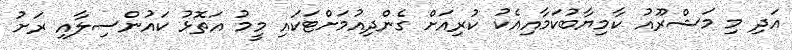
އަދި މި މަޝްރޫއު ކާމިޔާބުކަމާއިއެކު ކުރިއަށް ގެންދިއުމަށްޓަކައި މީމު އަތޮޅު ކައުންސިލާއި ރަށު